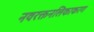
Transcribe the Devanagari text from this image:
नवरक्तनलिकाकरण